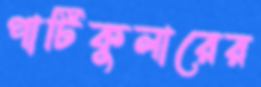
পার্টিকুলারের